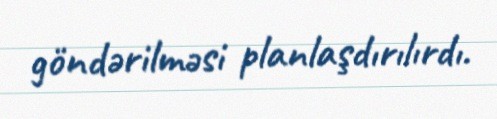
göndərilməsi planlaşdırılırdı.